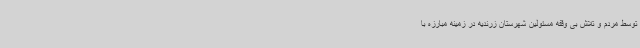
توسط مردم و تلاش بی وقفه مسئولین شهرستان زرندیه در زمینه مبارزه با